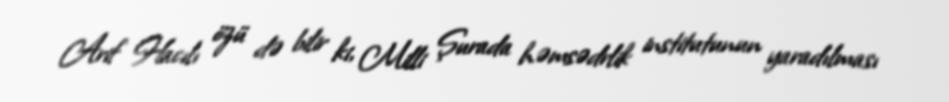
Arif Hacılı özü də bilir ki, Milli Şurada həmsədrlik institutunun yaradılması